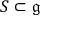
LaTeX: S \subset { \mathfrak { g } }